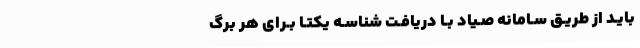
بایـد از طریـق سـامانه صـیاد بـا دریافـت شناسـه یکتـا بـرای هر برگ